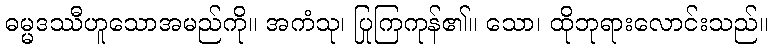
ဓမ္မဒဿီဟူသောအမည်ကို။ အကံသု၊ ပြုကြကုန်၏။ သော၊ ထိုဘုရားလောင်းသည်။